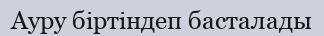
Ауру біртіндеп басталады